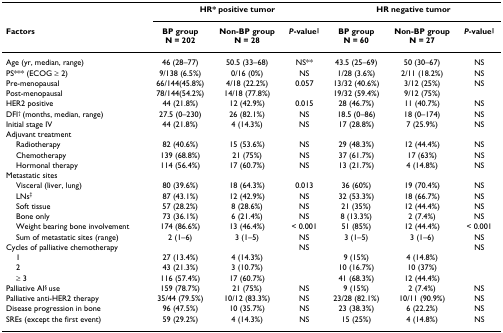
<table><thead><tr><td></td><td colspan="3"><b>HR* positive tumor</b></td><td colspan="3"><b>HR negative tumor</b></td></tr><tr><td><b>Factors</b></td><td><b>BP groupN = 202</b></td><td><b>Non-BP groupN = 28</b></td><td><b><i>P</i>-value<sup>||</sup></b></td><td><b>BP groupN = 60</b></td><td><b>Non-BP groupN = 27</b></td><td><b><i>P</i>-value<sup>||</sup></b></td></tr></thead><tbody><tr><td>Age (yr, median, range)</td><td>46 (28–77)</td><td>50.5 (33–68)</td><td>NS**</td><td>43.5 (25–69)</td><td>50 (30–67)</td><td>NS</td></tr><tr><td>PS*** (ECOG ≥ 2)</td><td>9/138 (6.5%)</td><td>0/16 (0%)</td><td>NS</td><td>1/28 (3.6%)</td><td>2/11 (18.2%)</td><td>NS</td></tr><tr><td>Pre-menopausal</td><td>66/144(45.8%)</td><td>4/18 (22.2%)</td><td>0.057</td><td>13/32 (40.6%)</td><td>3/12 (25%)</td><td>NS</td></tr><tr><td>Post-menopausal</td><td>78/144(54.2%)</td><td>14/18 (77.8%)</td><td></td><td>19/32 (59.4%)</td><td>9/12 (75%)</td><td></td></tr><tr><td>HER2 positive</td><td>44 (21.8%)</td><td>12 (42.9%)</td><td>0.015</td><td>28 (46.7%)</td><td>11 (40.7%)</td><td>NS</td></tr><tr><td>DFI<sup>† </sup>(months, median, range)</td><td>27.5 (0–230)</td><td>26 (82.1%)</td><td>NS</td><td>18.5 (0–86)</td><td>18 (0–174)</td><td>NS</td></tr><tr><td>Initial stage IV</td><td>44 (21.8%)</td><td>4 (14.3%)</td><td>NS</td><td>17 (28.8%)</td><td>7 (25.9%)</td><td>NS</td></tr><tr><td>Adjuvant treatment</td><td></td><td></td><td></td><td></td><td></td><td></td></tr><tr><td> Radiotherapy</td><td>82 (40.6%)</td><td>15 (53.6%)</td><td>NS</td><td>29 (48.3%)</td><td>12 (44.4%)</td><td>NS</td></tr><tr><td> Chemotherapy</td><td>139 (68.8%)</td><td>21 (75%)</td><td>NS</td><td>37 (61.7%)</td><td>17 (63%)</td><td>NS</td></tr><tr><td> Hormonal therapy</td><td>114 (56.4%)</td><td>17 (60.7%)</td><td>NS</td><td>13 (21.7%)</td><td>4 (14.8%)</td><td>NS</td></tr><tr><td>Metastatic sites</td><td></td><td></td><td></td><td></td><td></td><td></td></tr><tr><td> Visceral (liver, lung)</td><td>80 (39.6%)</td><td>18 (64.3%)</td><td>0.013</td><td>36 (60%)</td><td>19 (70.4%)</td><td>NS</td></tr><tr><td> LNs<sup>‡</sup></td><td>87 (43.1%)</td><td>12 (42.9%)</td><td>NS</td><td>32 (53.3%)</td><td>18 (66.7%)</td><td>NS</td></tr><tr><td> Soft tissue</td><td>57 (28.2%)</td><td>8 (28.6%)</td><td>NS</td><td>21 (35%)</td><td>12 (44.4%)</td><td>NS</td></tr><tr><td> Bone only</td><td>73 (36.1%)</td><td>6 (21.4%)</td><td>NS</td><td>8 (13.3%)</td><td>2 (7.4%)</td><td>NS</td></tr><tr><td> Weight bearing bone involvement</td><td>174 (86.6%)</td><td>13 (46.4%)</td><td>&lt; 0.001</td><td>51 (85%)</td><td>12 (44.4%)</td><td>&lt; 0.001</td></tr><tr><td> Sum of metastatic sites (range)</td><td>2 (1–6)</td><td>3 (1–5)</td><td>NS</td><td>3 (1–5)</td><td>3 (1–6)</td><td>NS</td></tr><tr><td>Cycles of palliative chemotherapy</td><td></td><td></td><td>NS</td><td></td><td></td><td>NS</td></tr><tr><td> 1</td><td>27 (13.4%)</td><td>4 (14.3%)</td><td></td><td>9 (15%)</td><td>4 (14.8%)</td><td></td></tr><tr><td> 2</td><td>43 (21.3%)</td><td>3 (10.7%)</td><td></td><td>10 (16.7%)</td><td>10 (37%)</td><td></td></tr><tr><td> ≥ 3</td><td>116 (57.4%)</td><td>17 (60.7%)</td><td></td><td>41 (68.3%)</td><td>12 (44.4%)</td><td></td></tr><tr><td>Palliative AI<sup>§ </sup>use</td><td>159 (78.7%)</td><td>21 (75%)</td><td>NS</td><td>9 (15%)</td><td>2 (7.4%)</td><td>NS</td></tr><tr><td>Palliative anti-HER2 therapy</td><td>35/44 (79.5%)</td><td>10/12 (83.3%)</td><td>NS</td><td>23/28 (82.1%)</td><td>10/11 (90.9%)</td><td>NS</td></tr><tr><td>Disease progression in bone</td><td>96 (47.5%)</td><td>10 (35.7%)</td><td>NS</td><td>23 (38.3%)</td><td>6 (22.2%)</td><td>NS</td></tr><tr><td>SREs (except the first event)</td><td>59 (29.2%)</td><td>4 (14.3%)</td><td>NS</td><td>15 (25%)</td><td>4 (14.8%)</td><td>NS</td></tr></tbody></table>